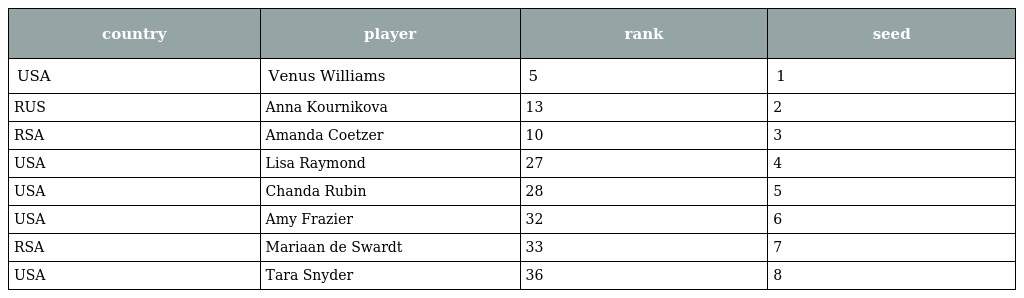
| country | player | rank | seed |
 | --- | --- | --- | --- |
 | USA | Venus Williams | 5 | 1 |
 | RUS | Anna Kournikova | 13 | 2 |
 | RSA | Amanda Coetzer | 10 | 3 |
 | USA | Lisa Raymond | 27 | 4 |
 | USA | Chanda Rubin | 28 | 5 |
 | USA | Amy Frazier | 32 | 6 |
 | RSA | Mariaan de Swardt | 33 | 7 |
 | USA | Tara Snyder | 36 | 8 |